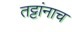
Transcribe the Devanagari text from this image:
तट्टांनाच